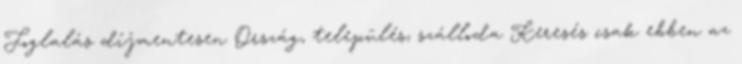
Foglalás díjmentesen Ország, település, szálloda Keresés csak ebben az